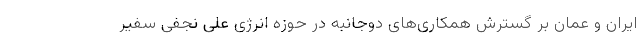
ایران و عمان بر گسترش همکاری‌های دوجانبه در حوزه انرژی علی نجفی سفیر